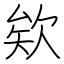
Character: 欸